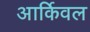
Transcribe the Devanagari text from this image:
आर्किवल